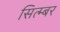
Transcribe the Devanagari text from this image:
सित्म्बर